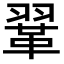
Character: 𫖈